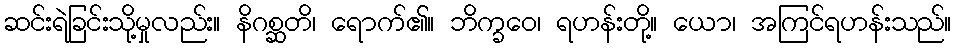
ဆင်းရဲခြင်းသို့မှုလည်း။ နိဂစ္ဆတိ၊ ရောက်၏။ ဘိက္ခဝေ၊ ရဟန်းတို့။ ယော၊ အကြင်ရဟန်းသည်။